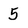
Character: 5